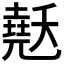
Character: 𰊳